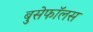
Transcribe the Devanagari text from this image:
बुसेफॉलस